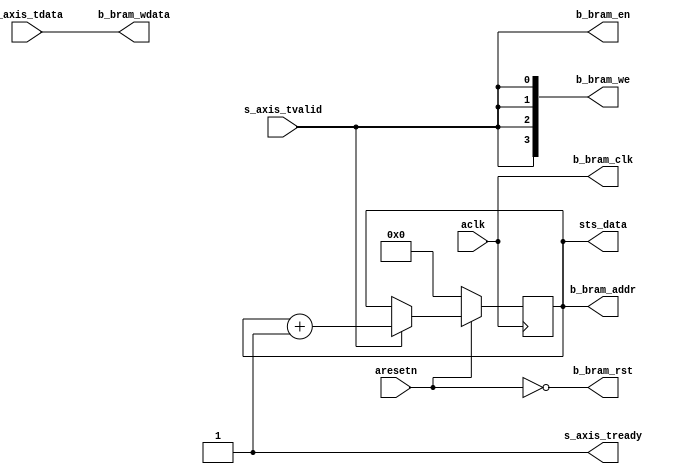

`timescale 1 ns / 1 ps

module axis_bram_writer #
(
  parameter integer AXIS_TDATA_WIDTH = 32,
  parameter integer BRAM_DATA_WIDTH = 32,
  parameter integer BRAM_ADDR_WIDTH = 10
)
(
  // System signals
  input  wire                         aclk,
  input  wire                         aresetn,

  output wire [BRAM_ADDR_WIDTH-1:0]   sts_data,

  // Slave side
  input  wire [AXIS_TDATA_WIDTH-1:0]  s_axis_tdata,
  input  wire                         s_axis_tvalid,
  output wire                         s_axis_tready,

  // BRAM port
  (* X_INTERFACE_INFO = "xilinx.com:interface:bram:1.0 b_bram CLK" *)
  output wire                         b_bram_clk,
  (* X_INTERFACE_INFO = "xilinx.com:interface:bram:1.0 b_bram RST" *)
  output wire                         b_bram_rst,
  (* X_INTERFACE_INFO = "xilinx.com:interface:bram:1.0 b_bram EN" *)
  output wire                         b_bram_en,
  (* X_INTERFACE_INFO = "xilinx.com:interface:bram:1.0 b_bram WE" *)
  output wire [BRAM_DATA_WIDTH/8-1:0] b_bram_we,
  (* X_INTERFACE_INFO = "xilinx.com:interface:bram:1.0 b_bram ADDR" *)
  output wire [BRAM_ADDR_WIDTH-1:0]   b_bram_addr,
  (* X_INTERFACE_INFO = "xilinx.com:interface:bram:1.0 b_bram DIN" *)
  output wire [BRAM_DATA_WIDTH-1:0]   b_bram_wdata
);

  reg [BRAM_ADDR_WIDTH-1:0] int_addr_reg;

  always @(posedge aclk)
  begin
    if(~aresetn)
    begin
      int_addr_reg <= {(BRAM_ADDR_WIDTH){1'b0}};
    end
    else if(s_axis_tvalid)
    begin
      int_addr_reg <= int_addr_reg + 1'b1;
    end
  end

  assign sts_data = int_addr_reg;

  assign s_axis_tready = 1'b1;

  assign b_bram_clk = aclk;
  assign b_bram_rst = ~aresetn;
  assign b_bram_en = s_axis_tvalid;
  assign b_bram_we = {(BRAM_DATA_WIDTH/8){s_axis_tvalid}};
  assign b_bram_addr = int_addr_reg;
  assign b_bram_wdata = s_axis_tdata;

endmodule